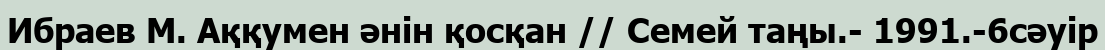
Ибраев М. Аққумен әнін қосқан // Семей таңы.- 1991.-6сәуір